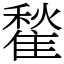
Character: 䨂